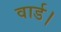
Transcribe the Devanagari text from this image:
वार्ड।